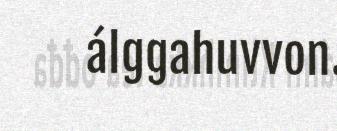
álggahuvvon.